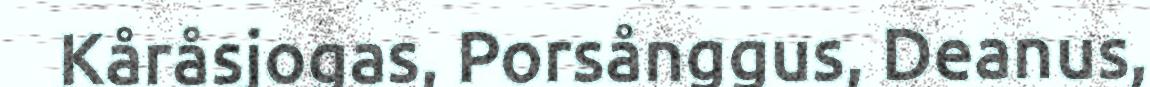
Kåråsjogas, Porsånggus, Deanus,